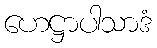
ဟေဋ္ဌာပါသာဒံ